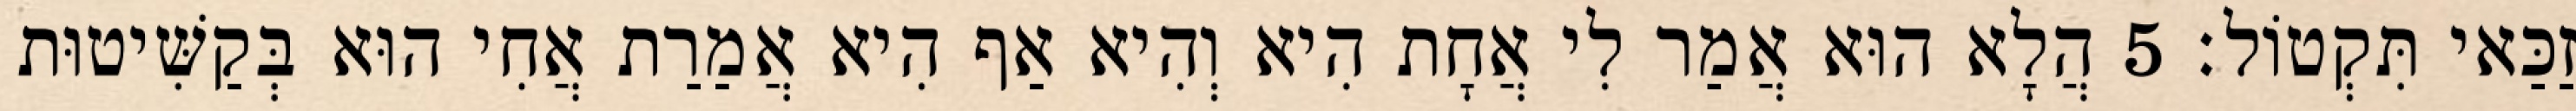
זַכַּאי תִּקְטוֹל׃ 5 הֲלָא הוּא אֲמַר לִי אֲחָת הִיא וְהִיא אַף הִיא אֲמַרַת אֲחִי הוּא בְּקַשִּׁיטוּת